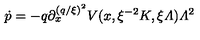
\dot { p } = - q { \textstyle \partial _ { x } ^ { ( q / \xi ) ^ { 2 } } } V ( x , \xi ^ { - 2 } K , \xi { \mit \Lambda } ) { \mit \Lambda } ^ { 2 }